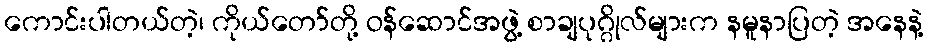
ကောင်းပါတယ်တဲ့၊ ကိုယ်တော်တို့ ဝန်ဆောင်အဖွဲ့ စာချပုဂ္ဂိုလ်များက နမူနာပြတဲ့ အနေနဲ့